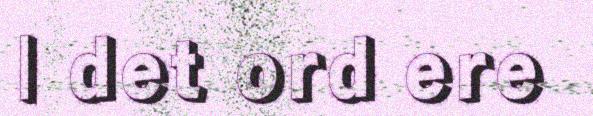
| det ord ere